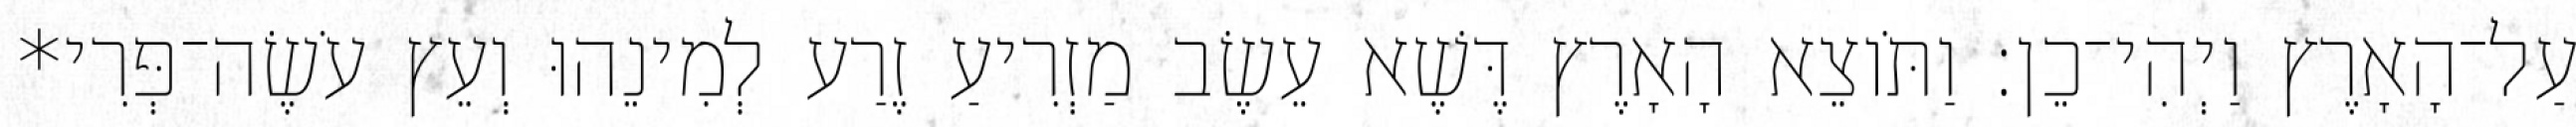
עַל־הָאָרֶץ וַיְהִי־כֵן׃ וַתֹּוצֵא הָאָרֶץ דֶּשֶׁא עֵשֶׂב מַזְרִיעַ זֶרַע לְמִינֵהוּ וְעֵץ עֹשֶׂה־פְּרִי*